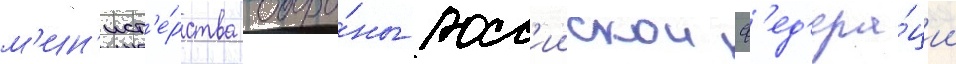
м'ин'ист'е́рства оборо́ны росс'иискои ф'ед'ера́ции